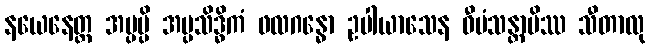
နယေနေတ္ထ အပ္ပမ္ပိ အပ္ပသိဒ္ဓိကံ ဖလဂန္ဓော ဥပါယာသေန ဝီမံသန္တာပိဿ သီတာလု